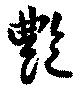
艶